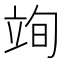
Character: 𮄮